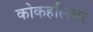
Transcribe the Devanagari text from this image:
कोकहलियर